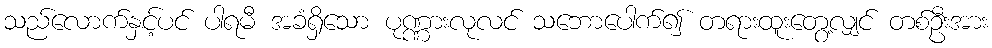
သည်လောက်နှင့်ပင် ပါရမီ အခံရှိသော ပုဏ္ဏားလုလင် သဘောပေါက်၍ တရားထူးတွေ့လျှင် တစ်ဦးအား